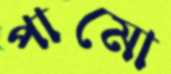
পামো